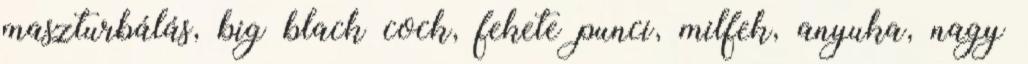
maszturbálás, big black cock, fekete punci, milfek, anyuka, nagy